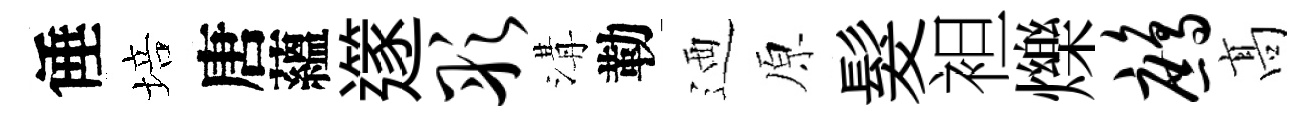
倕培唐蘊𨗹彤溝勒迺原髮袒爍鹧髙